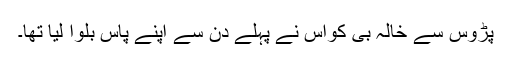
پڑوس سے خالہ بی کواس نے پہلے دن سے اپنے پاس بلوا لیا تھا۔